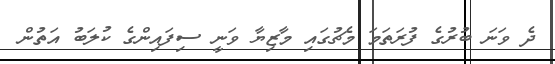
ދެ ވަނަ ބުރުގެ ފުރަތަމަ މެޗުގައި މާޒިޔާ ވަނީ ސިފައިންގެ ކުލަބު އަތުން